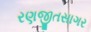
રણજીતસાગર